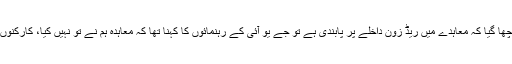
جب ان رہنمائوں سے پوچھا گیا کہ معاہدے میں ریڈ زون داخلے پر پابندی ہے تو جے یو آئی کے رہنمائوں کا کہنا تھا کہ معاہدہ ہم نے تو نہیں کیا، کارکنوں نے اپنا فیصلہ کرنا ہے۔